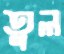
তুল